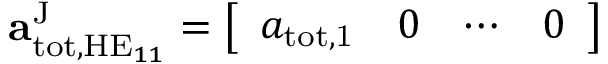
\begin{array} { r } { \mathbf { a } _ { \mathrm { t o t } , \mathrm { H E } _ { 1 1 } } ^ { \mathrm { J } } = \left[ \begin{array} { l l l l } { a _ { \mathrm { t o t , 1 } } } & { 0 } & { \cdots } & { 0 } \end{array} \right] } \end{array}